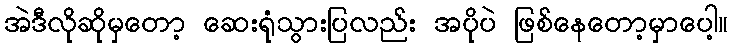
အဲဒီလိုဆိုမှတော့ ဆေးရုံသွားပြလည်း အပိုပဲ ဖြစ်နေတော့မှာပေါ့။